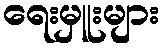
ရေးမှူးများ